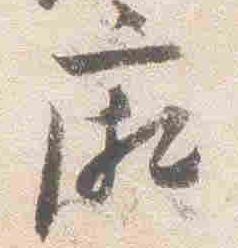
廂